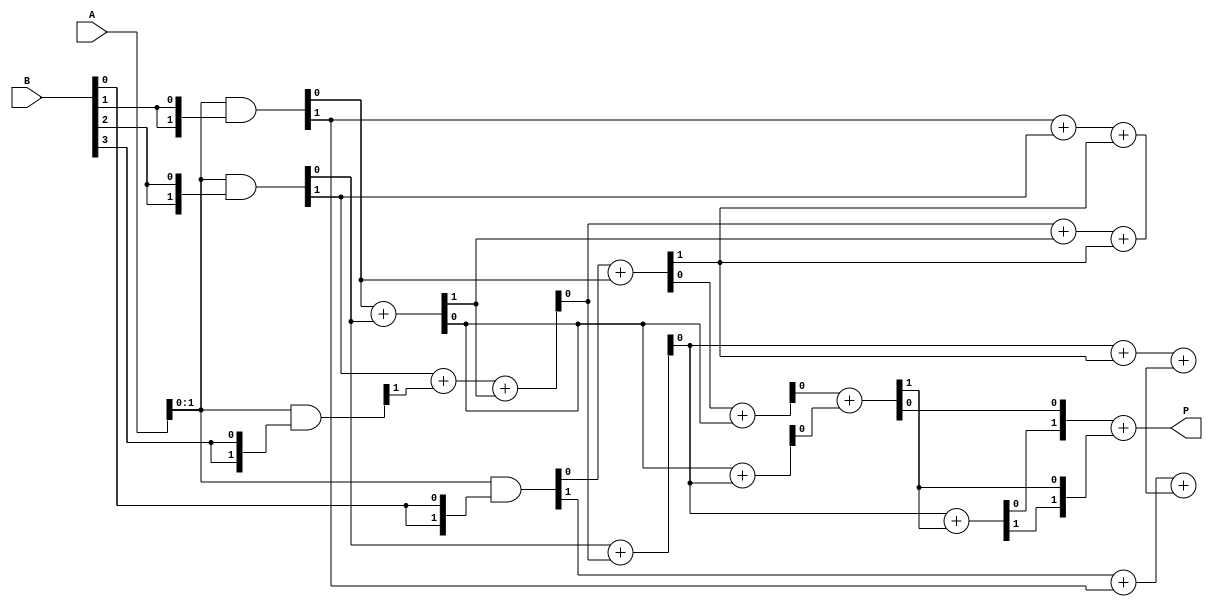
module wallace_tree_multiplier #(parameter N = 4) (
    input  [N-1:0] A,
    input  [N-1:0] B,
    output [2*N-1:0] P
);

    wire [N-1:0] pp [0:N-1]; // Partial products
    wire [2*N-1:0] sum [0:N-1]; // Sums at each level
    wire [2*N-1:0] carry [0:N-1]; // Carries at each level

    // Generate partial products
    genvar i, j;
    generate
        for (i = 0; i < N; i = i + 1) begin : partial_product_gen
            assign pp[i] = A & {N{B[i]}};
        end
    endgenerate

    // Level 1 Reduction
    generate
        for (i = 0; i < N; i = i + 1) begin : level1
            if (i < N-1) begin
                assign {carry[0][i+1], sum[0][i]} = pp[i][0] + pp[i+1][0];
                assign {carry[0][i+1], sum[0][i+1]} = pp[i][1] + pp[i+1][1] + carry[0][i];
            end else begin
                assign sum[0][i] = pp[i][0];
                assign carry[0][i] = 0;
            end
        end
    endgenerate

    // Level 2 Reduction
    generate
        for (i = 0; i < N; i = i + 1) begin : level2
            if (i < N-2) begin
                assign {carry[1][i+1], sum[1][i]} = sum[0][i] + sum[0][i+1];
                assign {carry[1][i+1], sum[1][i+1]} = sum[0][i+2] + carry[0][i+1] + carry[0][i];
            end else begin
                assign sum[1][i] = sum[0][i];
                assign carry[1][i] = carry[0][i];
            end
        end
    endgenerate

    // Final Addition
    wire [2*N-1:0] final_sum;
    wire [2*N-1:0] final_carry;

    assign {final_carry[0], final_sum[0]} = sum[1][0] + sum[1][1];
    assign {final_carry[1], final_sum[1]} = sum[1][2] + final_carry[0];

    // Final product
    assign P = final_sum + final_carry;

endmodule